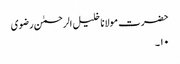
حضرت مولانا خلیل الرحمٰن رضوی
۱۰۔